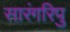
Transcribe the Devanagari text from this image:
सारंगरिपु